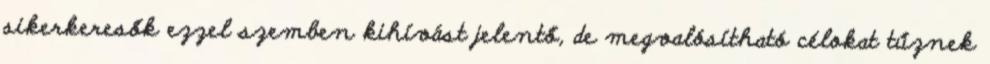
sikerkeresők ezzel szemben kihívást jelentő, de megvalósítható célokat tűznek